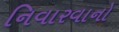
નિવારવાનો